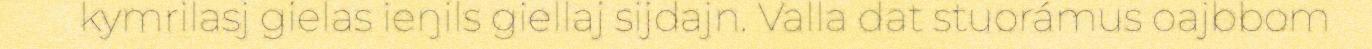
kymrilasj gielas ieŋils giellaj sijdajn. Valla dat stuorámus oajbbom